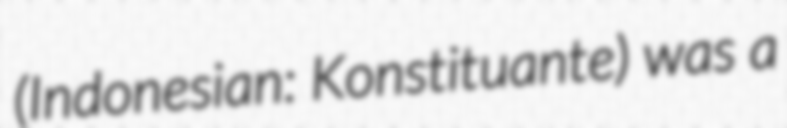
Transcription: (Indonesian: Konstituante) was a